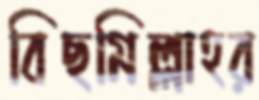
বিছমিল্লাহর